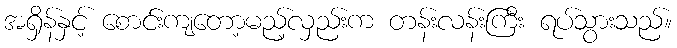
အရှိန်နှင့် စောင်းကျတော့မည့်လှည်းက တန်းလန်းကြီး ရပ်သွားသည်။